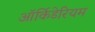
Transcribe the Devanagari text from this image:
ऑर्किडेरियम